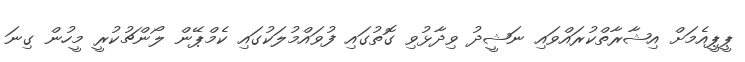
ޕީޕީއެމަށް އިޝާރާތްކުރައްވައި ނަޝީދު ވިދާޅުވި ގޮތުގައި ފުވައްމުލަކުގައި ކެމްޕޭން ލޯންޗުކުރީ މީހުން ގިނަ